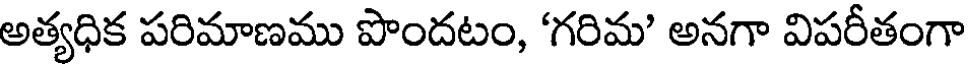
అత్యధిక పరిమాణము పొందటం, 'గరిమ' అనగా విపరీతంగా